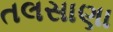
તલસાણા